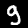
Digit: 9